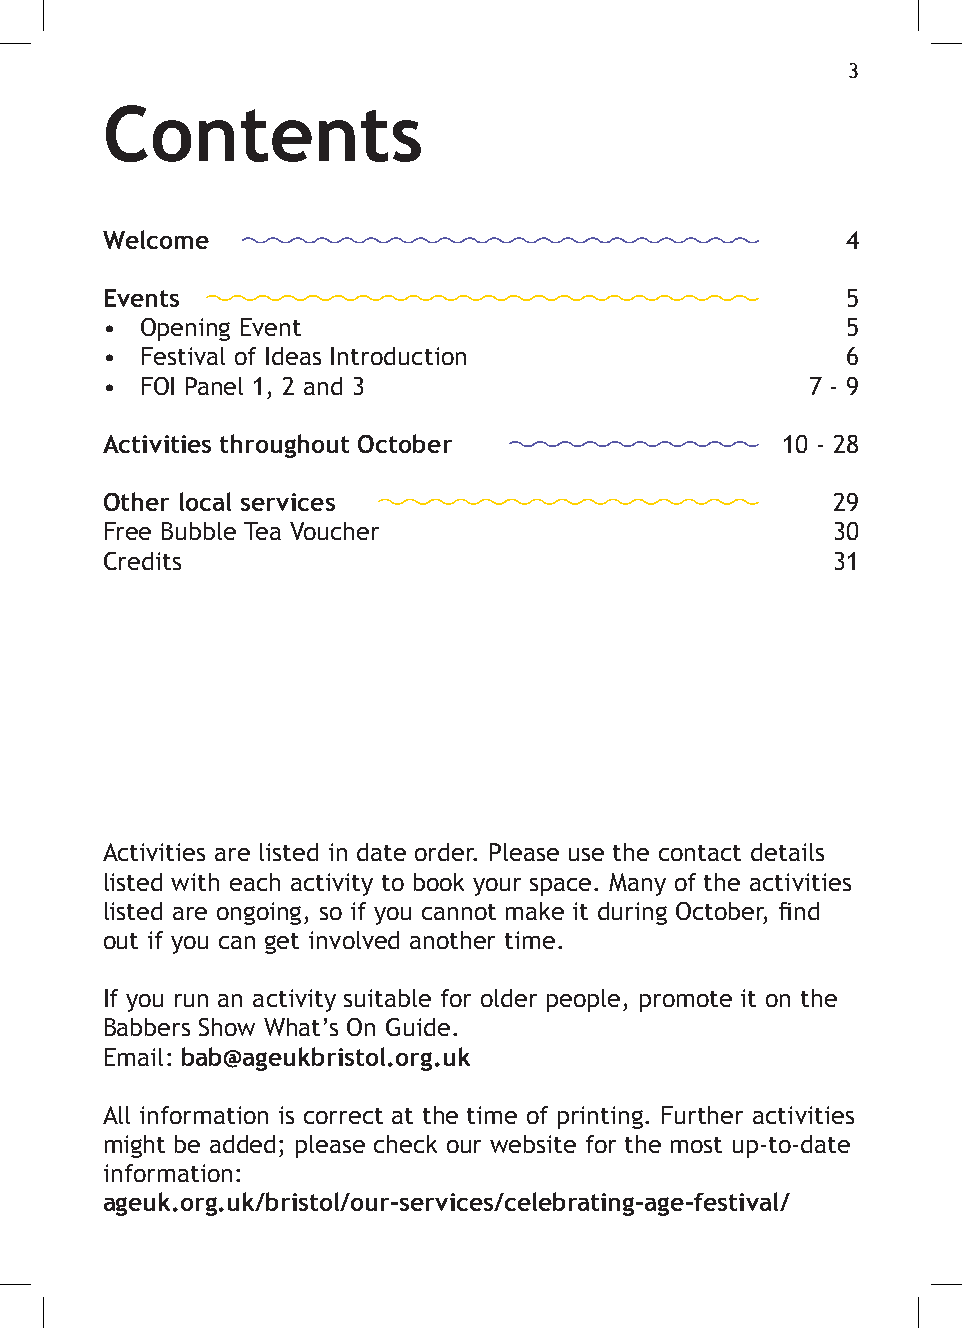
3
 Contents
 Welcome                                          4
 Events                                           5
 • Opening Event                                  5
 • Festival of Ideas Introduction                 6
 • FOI Panel 1, 2 and 3                         7 - 9
 Activities throughout October                10 - 28
 Other local services                            29
 Free Bubble Tea Voucher                         30
 Credits                                         31
 Activities are listed in date order. Please use the contact details
 listed with each activity to book your space. Many of the activities
 listed are ongoing, so if you cannot make it during October, find
 out if you can get involved another time.
 If you run an activity suitable for older people, promote it on the
 Babbers Show What’s On Guide.
 Email: bab@ageukbristol.org.uk
 All information is correct at the time of printing. Further activities
 might be added; please check our website for the most up-to-date
 information:
 ageuk.org.uk/bristol/our-services/celebrating-age-festival/